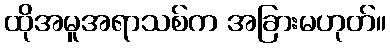
ထိုအမူအရာသစ်က အခြားမဟုတ်။